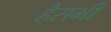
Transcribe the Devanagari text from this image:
हैसभी